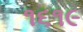
૧૬૧૯